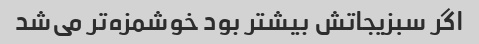
اگر سبزیجاتش بیشتر بود خوشمزه‌تر می‌شد